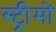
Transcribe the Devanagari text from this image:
स्ट्रीमों